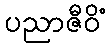
ပညာဇီဝိံ